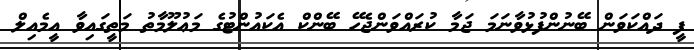
ފީ ދައްކަވަން ބޭނުންފުޅުވާނަމަ ޖަމާ ކުރައްވަންޖެހޭ ބޭންކް އެކައުންޓުގެ މަޢުލޫމާތު މަތީގައިވާ އީމެއިލް